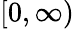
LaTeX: \lbrack 0,\infty)